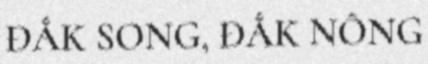
ĐẮK SONG, ĐẮK NÔNG